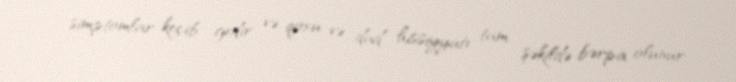
simptomlar keçib gedir və qoxu və dad hissiyyatı tam şəkildə bərpa olunur.